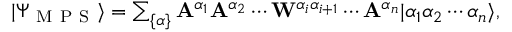
\begin{array} { r } { | \Psi _ { \mathrm { ~ M ~ P ~ S ~ } } \rangle = \sum _ { \{ \alpha \} } \mathbf { A } ^ { \alpha _ { 1 } } \mathbf { A } ^ { \alpha _ { 2 } } \cdots \mathbf { W } ^ { \alpha _ { i } \alpha _ { i + 1 } } \cdots \mathbf { A } ^ { \alpha _ { n } } | \alpha _ { 1 } \alpha _ { 2 } \cdots \alpha _ { n } \rangle , } \end{array}